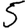
Digit: 5